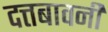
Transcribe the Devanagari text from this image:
दत्तबावनी